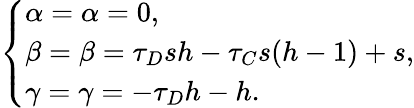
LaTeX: \left\{ \begin{array}{ll}{\alpha=\alpha=0,}\\ {\beta=\beta=\tau_{D}sh-\tau_{C}s(h-1)+s,}\\ {\gamma=\gamma=-\tau_{D}h-h.}\end{array}\right.